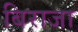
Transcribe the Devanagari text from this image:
बिराजा